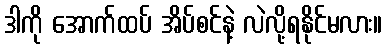
ဒါကို အောက်ထပ် အိပ်စင်နဲ့ လဲလို့ရနိုင်မလား။